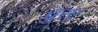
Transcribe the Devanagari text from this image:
धुरए